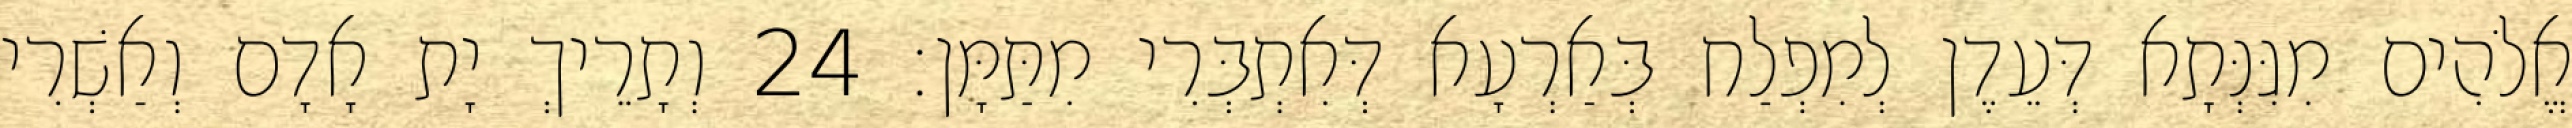
אֱלֹהִים מִגִּנְּתָא דְּעֵדֶן לְמִפְלַח בְּאַרְעָא דְּאִתְבְּרִי מִתַּמָּן׃ 24 וְתָרֵיךְ יָת אָדָם וְאַשְׁרִי